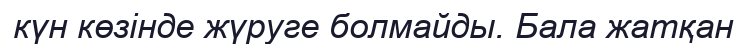
күн көзінде жүруге болмайды. Бала жатқан